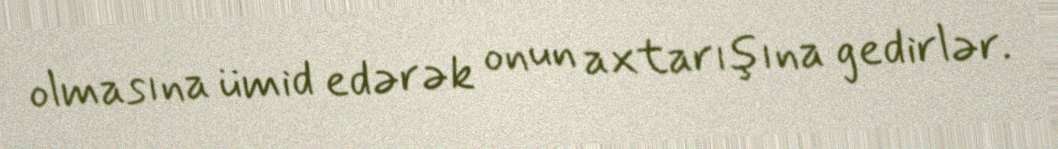
olmasına ümid edərək onun axtarışına gedirlər.